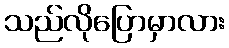
သည်လိုပြောမှာလား